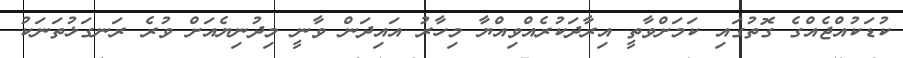
ކުޑަކުއްޖެއްގެ ގޮތުގައި ކަމަށްވާތީ އިރާދަކުރެއްވިއްޔާ މިހާރު އައިދަން ވާނީ މިދުނިޔެއަށް ވުރެ ރަނގަޅުތަނަކު